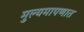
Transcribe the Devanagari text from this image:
मुल्यमापणात